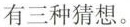
有三种猜想。